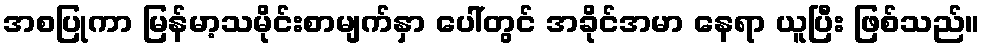
အစပြုကာ မြန်မာ့သမိုင်းစာမျက်နှာ ပေါ်တွင် အခိုင်အမာ နေရာ ယူပြီး ဖြစ်သည်။